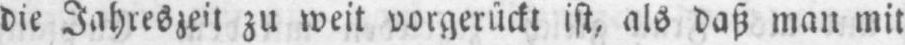
die Jahreszeit zu weit vorgerückt ist, als daß man mit